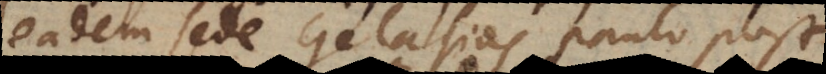
eadem sede Gelasius paulo post